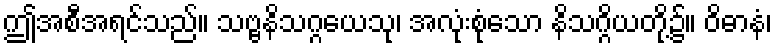
ဤအစီအရင်သည်။ သဗ္ဗနိသဂ္ဂယေသု၊ အလုံးစုံသော နိသဂ္ဂိယတို့၌။ ဝိဓာနံ၊